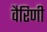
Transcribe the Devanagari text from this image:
वैरिणी